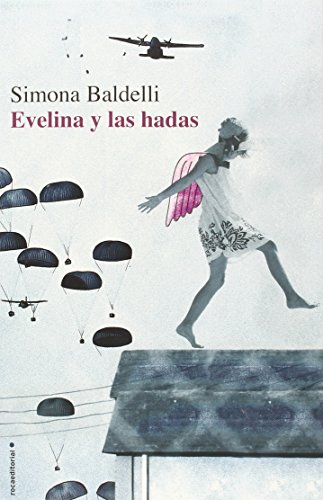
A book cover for Evelina y las hadas (Spanish Edition); Simona Baldelli; Teen & Young Adult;